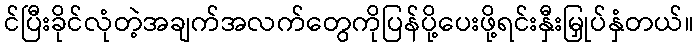
င်ပြီးခိုင်လုံတဲ့အချက်အလက်တွေကိုပြန်ပို့ပေးဖို့ရင်းနှီးမြှုပ်နှံတယ်။